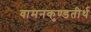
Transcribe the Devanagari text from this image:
वामनकुण्डतीर्थ